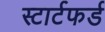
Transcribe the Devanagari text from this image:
स्टार्टफर्ड